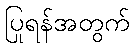
ပြုရန်အတွက်